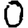
Digit: 0